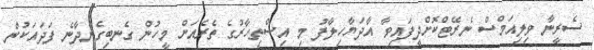
ސެރީނާ ވިލިއަމްސް ނެރޭޓްކޮށްދީފައިވާ އާދަޔާހިލާފު މި އިސްތިހާރުގެ ތެރެއަށް މީހުން ގެނބިގެންދާނެ ފަދައަކުން